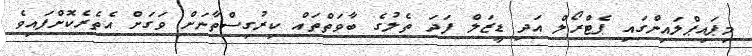
މިޕައިޕްލައިންގައި ޕެޓްރޯލް އަދި ޑީޒަލް ފަދަ ތެލުގެ ބާވަތްތައް ކިރުގިސްތާނަށް ވަގަށް އެތެރެކޮށްފައިވެ